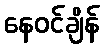
နေဝင်ချိန်